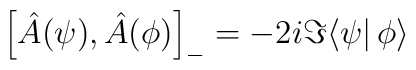
\left[\hat A(\psi),\hat A(\phi)\right]_-=-2i\Im\langle\psi|\,\phi\rangle